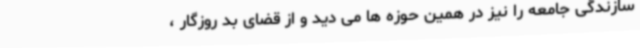
سازندگی جامعه را نیز در همین حوزه ها می دید و از قضای بد روزگار ،